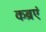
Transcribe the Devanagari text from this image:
कब्रएं